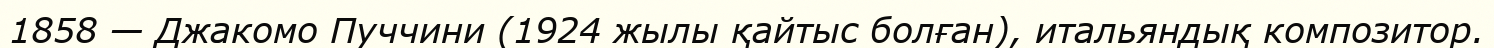
1858 — Джакомо Пуччини (1924 жылы қайтыс болған), итальяндық композитор.